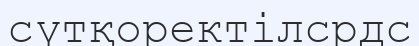
сүтқоректілсрдс